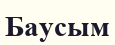
Баусым